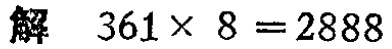
解 \(361\times 8 = 2888\)